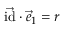
\vec { \mathrm { i d } } \cdot \vec { e } _ { 1 } = r